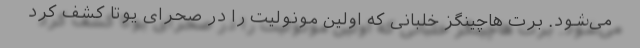
می‌شود. برت هاچینگز خلبانی که اولین مونولیت را در صحرای یوتا کشف کرد